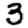
Digit: 3